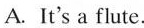
A. It's a flute.